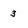
Character: 3